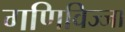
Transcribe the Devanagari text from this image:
गणिविज्जा